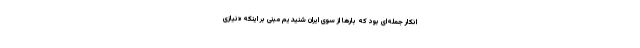
انکار جمله‌ای بود که بار‌ها از سوی ایران شنیدیم مبنی بر اینکه «نیازی